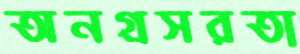
অনগ্রসরতা